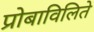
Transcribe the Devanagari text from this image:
प्रोबाविलिते